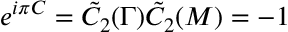
e ^ { i \pi C } = \Tilde { C } _ { 2 } ( \Gamma ) \Tilde { C } _ { 2 } ( M ) = - 1